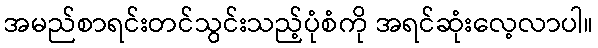
အမည်စာရင်းတင်သွင်းသည့်ပုံစံကို အရင်ဆုံးလေ့လာပါ။